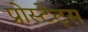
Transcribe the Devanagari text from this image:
प्रोस्टेट्स